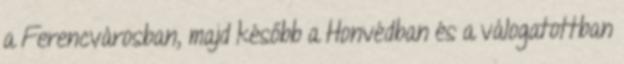
a Ferencvárosban, majd később a Honvédban és a válogatottban